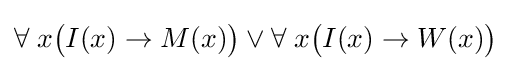
\forall \;x{\big (}I(x)\rightarrow M(x){\big )}\lor \forall \;x{\big (}I(x)\rightarrow W(x){\big )}